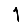
Digit: 1